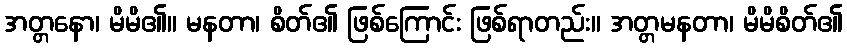
အတ္တနော၊ မိမိ၏။ မနတာ၊ စိတ်၏ ဖြစ်ကြောင်း ဖြစ်ရာတည်း။ အတ္တမနတာ၊ မိမိစိတ်၏